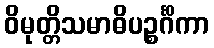
ဝိမုတ္တိသမာဓိပဉ္စင်္ဂိကာ